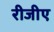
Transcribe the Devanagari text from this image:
रीजीए